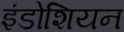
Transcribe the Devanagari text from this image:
इंडोशियन